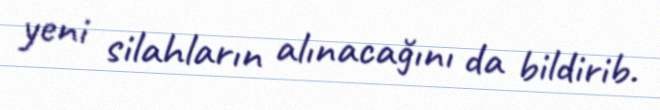
yeni silahların alınacağını da bildirib.